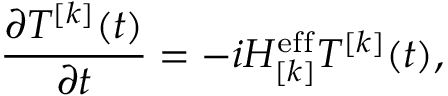
\frac { \partial T ^ { [ k ] } ( t ) } { \partial t } = - i H _ { [ k ] } ^ { \mathrm { e f f } } T ^ { [ k ] } ( t ) ,